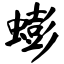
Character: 蟛